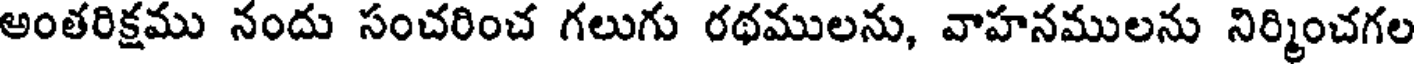
అంతరిక్షము నందు సంచరించ గలుగు రథములను, వాహనములను నిర్మించగల